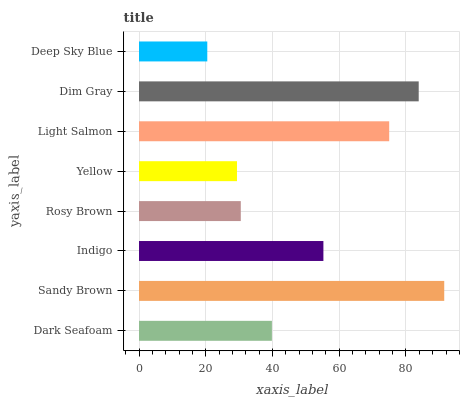
| yaxis_label | bars |
 | --- | --- |
 | Dark Seafoam | 39.8 |
 | Sandy Brown | 91.5 |
 | Indigo | 55.3 |
 | Rosy Brown | 30.5 |
 | Yellow | 29.4 |
 | Light Salmon | 75 |
 | Dim Gray | 83.8 |
 | Deep Sky Blue | 20.5 |